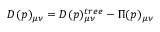
D ( p ) _ { \mu \nu } = D ( p ) _ { \mu \nu } ^ { t r e e } - \Pi ( p ) _ { \mu \nu }